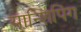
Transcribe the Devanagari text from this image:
यान्शिपिंग